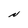
Character: N